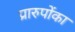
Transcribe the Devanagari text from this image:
प्रारुपोंका